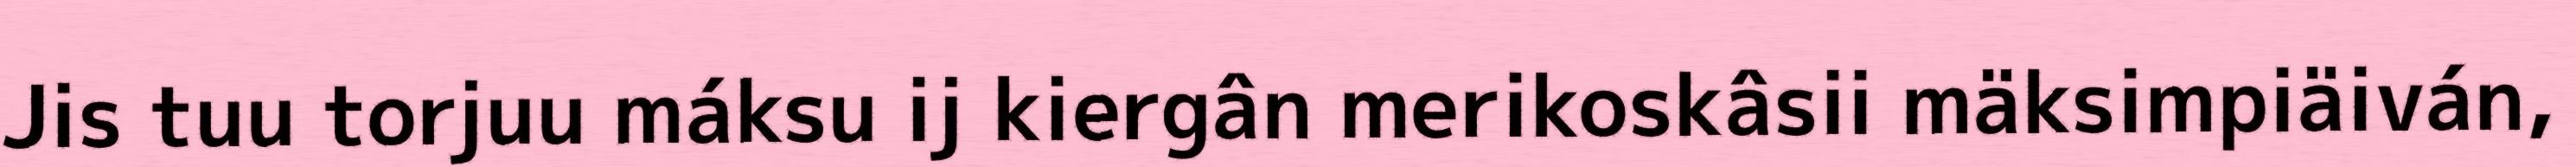
Jis tuu torjuu máksu ij kiergân merikoskâsii mäksimpiäiván,